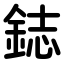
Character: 鋕